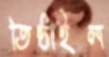
তিষ্ঠাইল